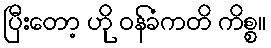
ပြီးတော့ ဟို ဝန်ခံကတိ ကိစ္စ။